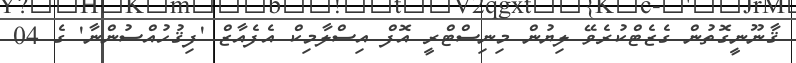
ޤާނޫނީގޮތުން ގެޒެޓްކުރެވޭ ލިޔުން މިނިސްޓްރީ އޮފް އިސްލާމިކް އެފެއާޒް 'ފިޤުހުއްސުންނާ' ގެ 04